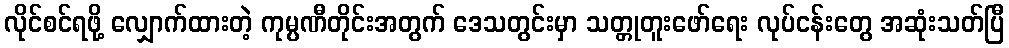
လိုင်စင်ရဖို့ လျှောက်ထားတဲ့ ကုမ္ပဏီတိုင်းအတွက် ဒေသတွင်းမှာ သတ္တုတူးဖော်ရေး လုပ်ငန်းတွေ အဆုံးသတ်ပြီ